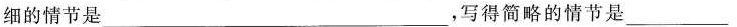
细的情节是___，写得简略的情节是___